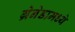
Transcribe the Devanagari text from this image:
ग्रेनेडामध्ये